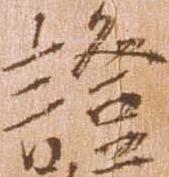
証